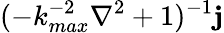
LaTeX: (-k_{max}^{-2}\nabla^{2}+1)^{-1}\mathbf{j}